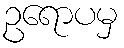
ဥရောပမှ